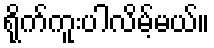
ရိုက်ကူးပါလိမ့်မယ်။